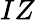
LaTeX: IZ